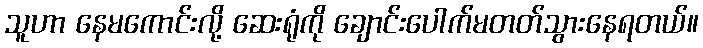
သူဟာ နေမကောင်းလို့ ဆေးရုံကို ချောင်းပေါက်မတတ်သွားနေရတယ်။